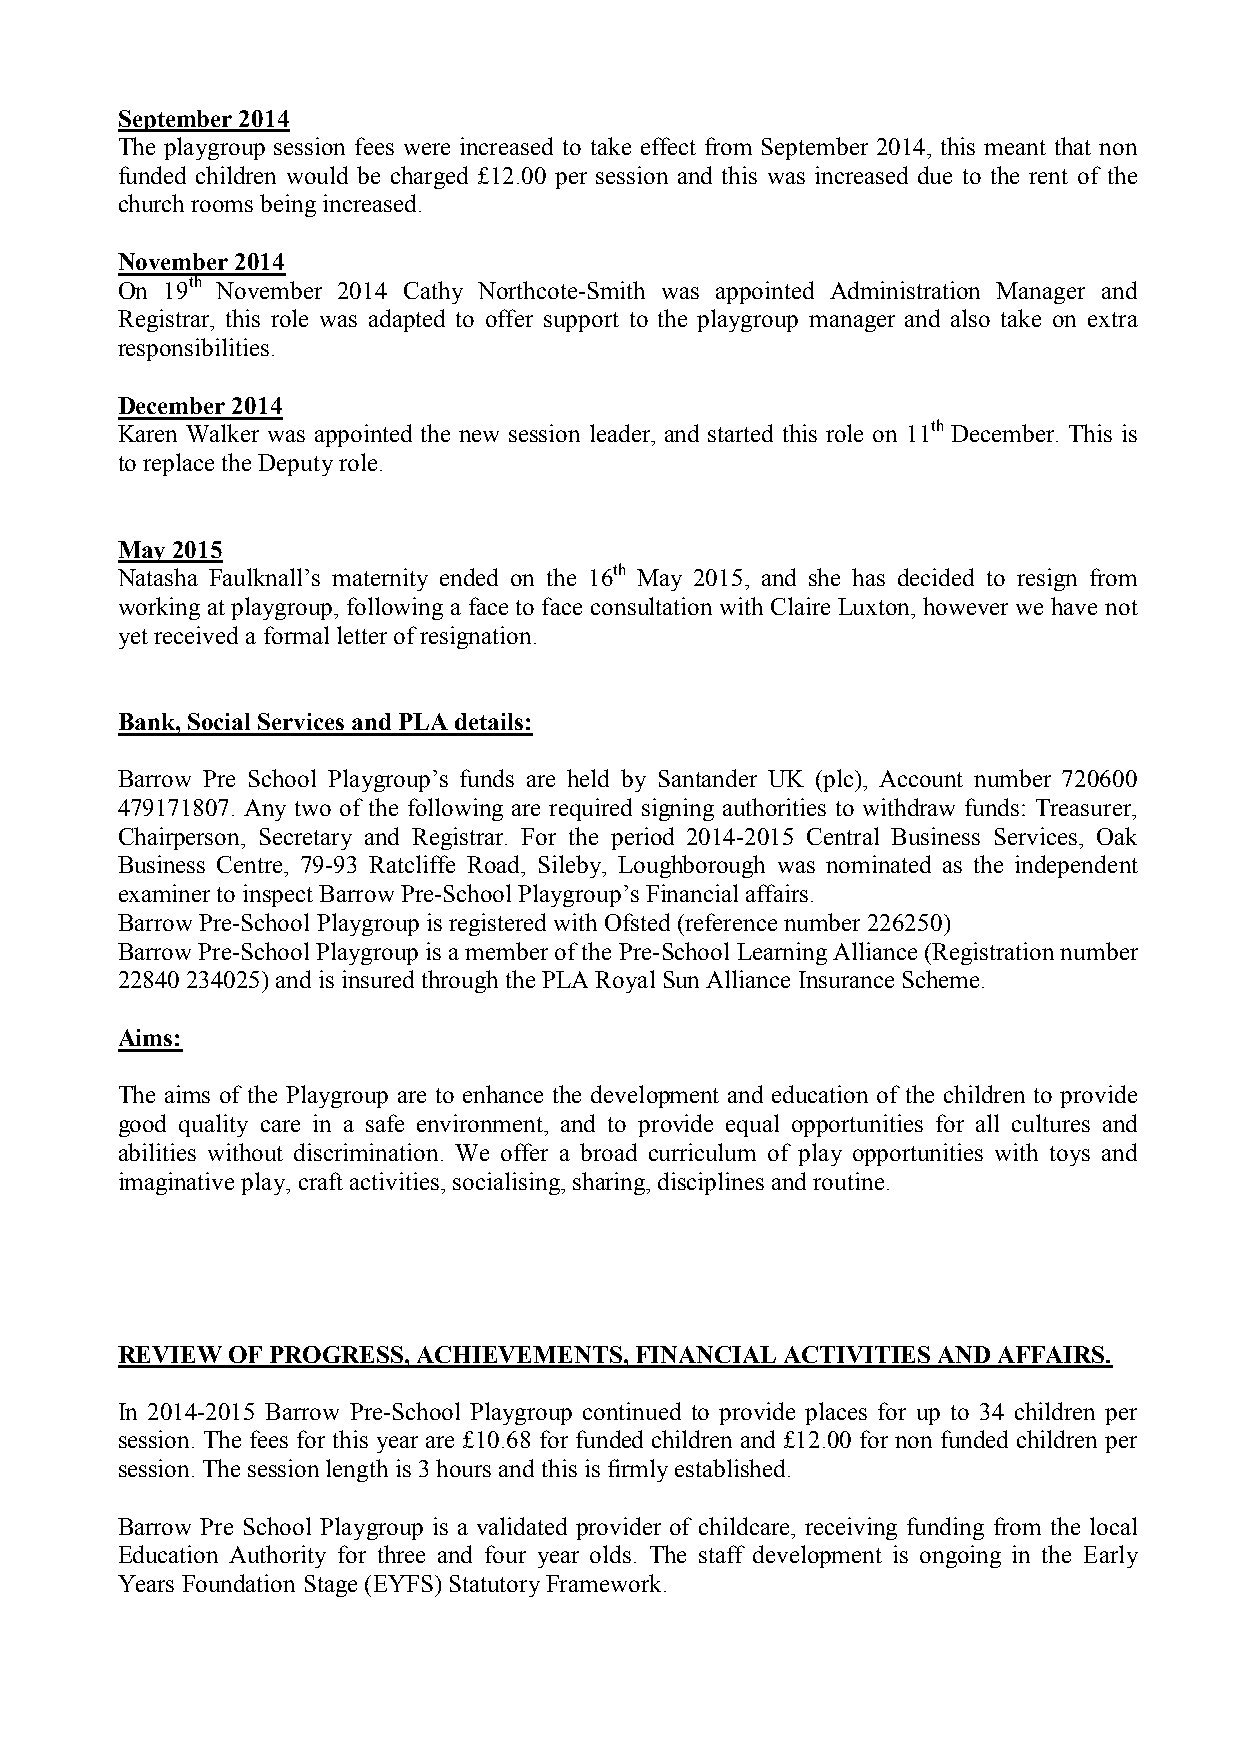
September 2014
 The playgroup session fees were increased to take effect from September 2014, this meant that non
 funded children would be charged £12.00 per session and this was increased due to the rent of the
 church rooms being increased.
 November 2014
 On 19th November 2014 Cathy Northcote-Smith was appointed Administration Manager and
 Registrar, this role was adapted to offer support to the playgroup manager and also take on extra
 responsibilities.
 December 2014
 Karen Walker was appointed the new session leader, and started this role on 11th December. This is
 to replace the Deputy role.
 May 2015
 Natasha Faulknall’s maternity ended on the 16th May 2015, and she has decided to resign from
 working at playgroup, following a face to face consultation with Claire Luxton, however we have not
 yet received a formal letter of resignation.
 Bank, Social Services and PLA details:
 Barrow Pre School Playgroup’s funds are held by Santander UK (plc), Account number 720600
 479171807. Any two of the following are required signing authorities to withdraw funds: Treasurer,
 Chairperson, Secretary and Registrar. For the period 2014-2015 Central Business Services, Oak
 Business Centre, 79-93 Ratcliffe Road, Sileby, Loughborough was nominated as the independent
 examiner to inspect Barrow Pre-School Playgroup’s Financial affairs.
 Barrow Pre-School Playgroup is registered with Ofsted (reference number 226250)
 Barrow Pre-School Playgroup is a member of the Pre-School Learning Alliance (Registration number
 22840 234025) and is insured through the PLA Royal Sun Alliance Insurance Scheme.
 Aims:
 The aims of the Playgroup are to enhance the development and education of the children to provide
 good quality care in a safe environment, and to provide equal opportunities for all cultures and
 abilities without discrimination. We offer a broad curriculum of play opportunities with toys and
 imaginative play, craft activities, socialising, sharing, disciplines and routine.
 REVIEW OF PROGRESS, ACHIEVEMENTS, FINANCIAL ACTIVITIES AND AFFAIRS.
 In 2014-2015 Barrow Pre-School Playgroup continued to provide places for up to 34 children per
 session. The fees for this year are £10.68 for funded children and £12.00 for non funded children per
 session. The session length is 3 hours and this is firmly established.
 Barrow Pre School Playgroup is a validated provider of childcare, receiving funding from the local
 Education Authority for three and four year olds. The staff development is ongoing in the Early
 Years Foundation Stage (EYFS) Statutory Framework.